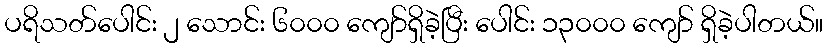
ပရိသတ်ပေါင်း ၂ သောင်း ၆၀၀၀ ကျော်ရှိခဲ့ပြီး ပေါင်း ၁၃၀၀၀ ကျော် ရှိခဲ့ပါတယ်။